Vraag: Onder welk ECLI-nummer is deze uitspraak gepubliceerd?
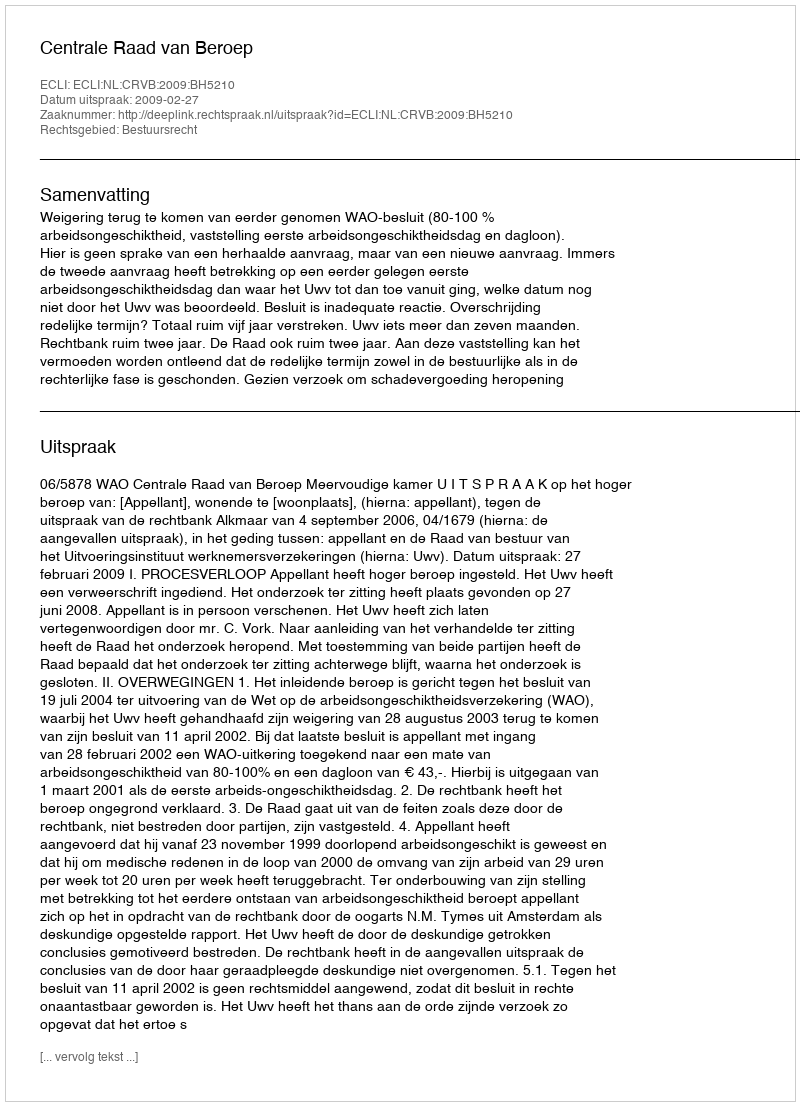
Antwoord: ECLI:NL:CRVB:2009:BH5210